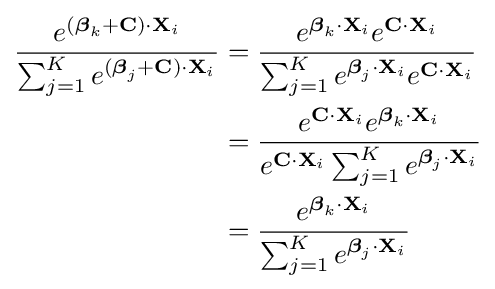
{\begin{aligned}{\frac {e^{({\boldsymbol {\beta }}_{k}+\mathbf {C} )\cdot \mathbf {X} _{i}}}{\sum _{j=1}^{K}e^{({\boldsymbol {\beta }}_{j}+\mathbf {C} )\cdot \mathbf {X} _{i}}}}&={\frac {e^{{\boldsymbol {\beta }}_{k}\cdot \mathbf {X} _{i}}e^{\mathbf {C} \cdot \mathbf {X} _{i}}}{\sum _{j=1}^{K}e^{{\boldsymbol {\beta }}_{j}\cdot \mathbf {X} _{i}}e^{\mathbf {C} \cdot \mathbf {X} _{i}}}}\\&={\frac {e^{\mathbf {C} \cdot \mathbf {X} _{i}}e^{{\boldsymbol {\beta }}_{k}\cdot \mathbf {X} _{i}}}{e^{\mathbf {C} \cdot \mathbf {X} _{i}}\sum _{j=1}^{K}e^{{\boldsymbol {\beta }}_{j}\cdot \mathbf {X} _{i}}}}\\&={\frac {e^{{\boldsymbol {\beta }}_{k}\cdot \mathbf {X} _{i}}}{\sum _{j=1}^{K}e^{{\boldsymbol {\beta }}_{j}\cdot \mathbf {X} _{i}}}}\end{aligned}}